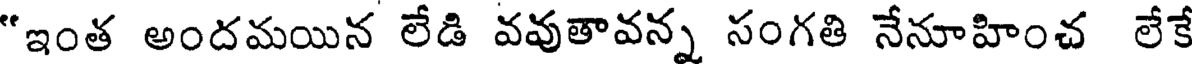
"ఇంత అందమయిన లేడి వవుతావన్న సంగతి నేనూహించ లేకే